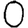
Digit: 0